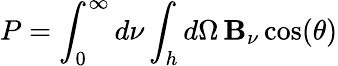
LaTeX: P=\int_{0}^{\infty}d\nu\int_{h}d\Omega\, \mathbf{B}_{\nu}\cos(\theta)